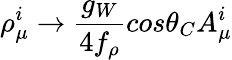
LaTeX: \rho_{\mu}^{i}\rightarrow{\frac{g_{W}}{4f_{\rho}}}cos\theta_{C}A_{\mu}^{i}